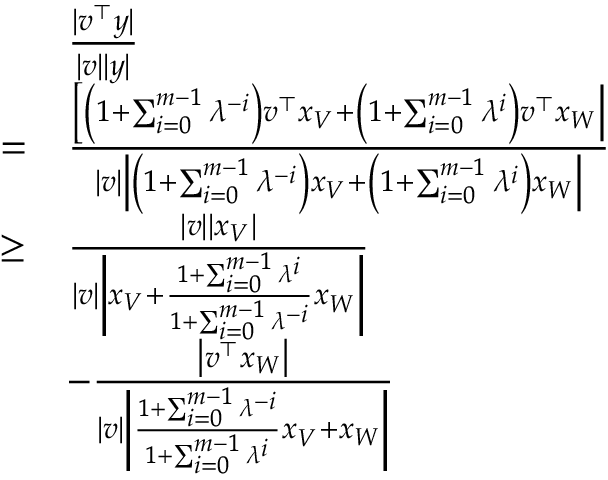
\begin{array} { r l } & { \frac { | \boldsymbol { v } ^ { \top } \boldsymbol { y } | } { | \boldsymbol { v } | | \boldsymbol { y } | } } \\ { = } & { \frac { \left[ \left( 1 + \sum _ { i = 0 } ^ { m - 1 } \lambda ^ { - i } \right) \boldsymbol { v } ^ { \top } \boldsymbol { x } _ { V } + \left( 1 + \sum _ { i = 0 } ^ { m - 1 } \lambda ^ { i } \right) \boldsymbol { v } ^ { \top } \boldsymbol { x } _ { W } \right| } { | \boldsymbol { v } | \left| \left( 1 + \sum _ { i = 0 } ^ { m - 1 } \lambda ^ { - i } \right) \boldsymbol { x } _ { V } + \left( 1 + \sum _ { i = 0 } ^ { m - 1 } \lambda ^ { i } \right) \boldsymbol { x } _ { W } \right| } } \\ { \geq } & { \frac { | \boldsymbol { v } | \left| \boldsymbol { x } _ { V } \right| } { | \boldsymbol { v } | \left| \boldsymbol { x } _ { V } + \frac { 1 + \sum _ { i = 0 } ^ { m - 1 } \lambda ^ { i } } { 1 + \sum _ { i = 0 } ^ { m - 1 } \lambda ^ { - i } } \boldsymbol { x } _ { W } \right| } } \\ & { - \frac { \left| \boldsymbol { v } ^ { \top } \boldsymbol { x } _ { W } \right| } { | \boldsymbol { v } | \left| \frac { 1 + \sum _ { i = 0 } ^ { m - 1 } \lambda ^ { - i } } { 1 + \sum _ { i = 0 } ^ { m - 1 } \lambda ^ { i } } \boldsymbol { x } _ { V } + \boldsymbol { x } _ { W } \right| } } \end{array}